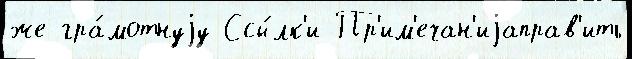
же гра́мотнуjу Ссы́лк'и Пр'им'ечан'иjаправ'ить